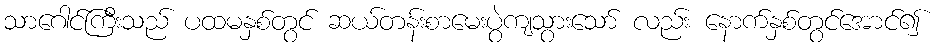
သာဂေါင်ကြီးသည် ပထမနှစ်တွင် ဆယ်တန်းစာမေးပွဲကျသွားသော် လည်း နောက်နှစ်တွင်အောင်၍